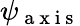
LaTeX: \psi_{\mathrm{~a~x~i~s~}}